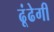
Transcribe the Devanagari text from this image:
ढूंढेगी